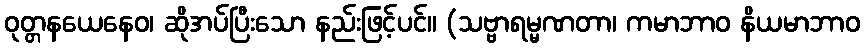
ဝုတ္တနယေနေဝ၊ ဆိုအပ်ပြီးသော နည်းဖြင့်ပင်။ (သဗ္ဗာရမ္မဏတာ၊ ကမာဘာဝ နိယမာဘာဝ